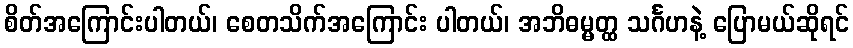
စိတ်အကြောင်းပါတယ်၊ စေတသိက်အကြောင်း ပါတယ်၊ အဘိဓမ္မတ္ထ သင်္ဂဟနဲ့ ပြောမယ်ဆိုရင်